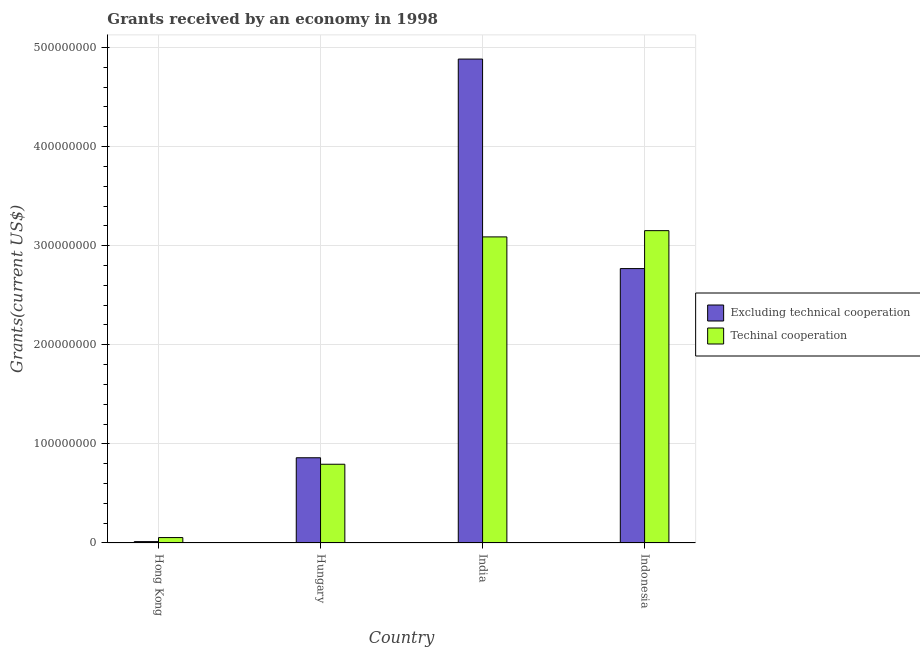
| Country | Excluding technical cooperation | Techinal cooperation |
 | --- | --- | --- |
 | Hong Kong | 1.39e+06 | 5.47e+06 |
 | Hungary | 8.6e+07 | 7.94e+07 |
 | India | 4.88e+08 | 3.09e+08 |
 | Indonesia | 2.77e+08 | 3.15e+08 |